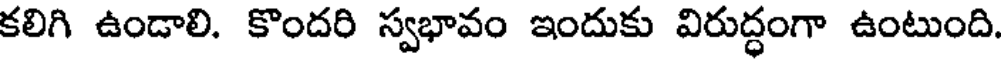
కలిగి ఉండాలి. కొందరి స్వభావం ఇందుకు విరుద్ధంగా ఉంటుంది.